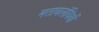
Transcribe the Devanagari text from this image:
मताबलंवियों